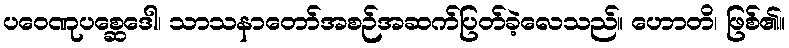
ပဝေဏုပစ္ဆေဒေါ၊ သာသနာတော်အစဉ်အဆက်ပြတ်ခဲ့လေသည်။ ဟောတိ၊ ဖြစ်၏။